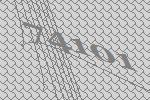
74101